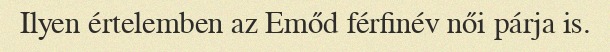
Ilyen értelemben az Emőd férfinév női párja is.